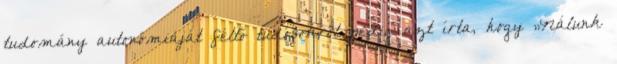
tudomány autonómiáját féltő tudósokról pedig azt írta, hogy „Nálunk